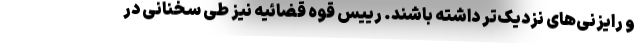
و رایزنی‌های نزدیک‌تر داشته باشند. رییس قوه قضائیه نیز طی سخنانی در